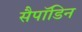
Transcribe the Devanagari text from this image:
सैपॉडिन